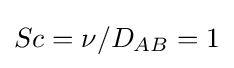
Sc=\nu /D_{AB}=1